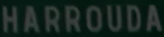
HARROUDA